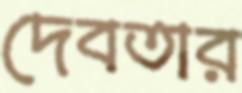
দেবতার